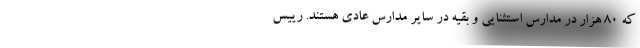
که ۸۰ هزار در مدارس استثنایی و بقیه در سایر مدارس عادی هستند. رییس